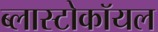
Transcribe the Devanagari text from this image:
ब्लास्टोकॉयल